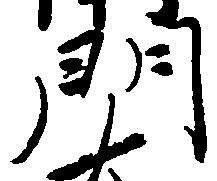
門